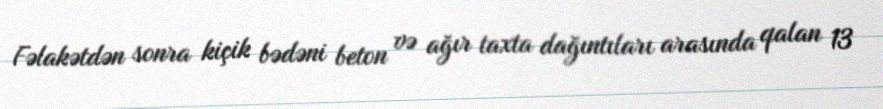
Fəlakətdən sonra kiçik bədəni beton və ağır taxta dağıntıları arasında qalan 13